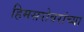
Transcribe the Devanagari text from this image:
हिमसरोवरांच्या